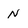
Character: N